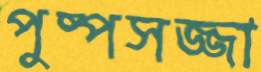
পুষ্পসজ্জা